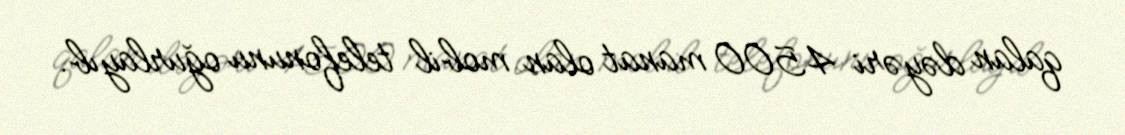
qalan dəyəri 4500 manat olan mobil telefonunu oğurlayıb.